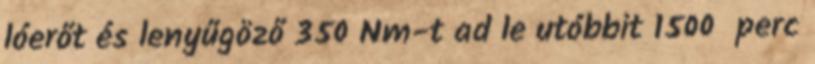
lóerőt és lenyűgöző 350 Nm-t ad le utóbbit 1500 perc